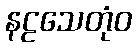
နဠသေတုံဝ